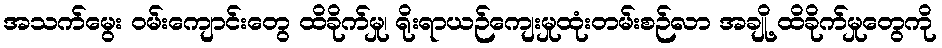
အသက်မွေး ဝမ်းကျောင်းတွေ ထိခိုက်မှု၊ ရိုးရာယဉ်ကျေးမှုထုံးတမ်းစဉ်လာ အချို့ ထိခိုက်မှုတွေကို